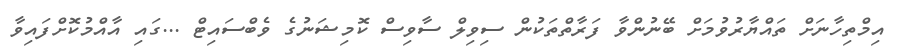
އިމްތިހާނަށް ތައްޔާރުވުމަށް ބޭނުންވާ ފަރާތްތަކުން ސިވިލް ސާވިސް ކޮމިޝަނުގެ ވެބްސައިޓް ...ގައި އާއްމުކޮށްފައިވާ